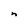
Character: n